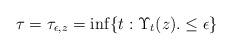
LaTeX: \begin{align*} \tau = \tau_{\epsilon,z} = \inf\{t: \Upsilon_t(z). \leq \epsilon\} \end{align*}